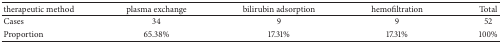
<table><thead><tr><td><b>therapeutic method</b></td><td><b>plasma exchange</b></td><td><b>bilirubin adsorption</b></td><td><b>hemofiltration</b></td><td><b>Total</b></td></tr></thead><tbody><tr><td>Cases</td><td>34</td><td>9</td><td>9</td><td>52</td></tr><tr><td>Proportion</td><td>65.38%</td><td>17.31%</td><td>17.31%</td><td>100%</td></tr></tbody></table>